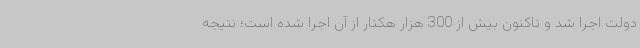
دولت اجرا شد و تاکنون بیش از 300 هزار هکتار از آن اجرا شده است؛ نتیجه